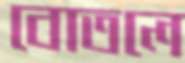
বোতলে